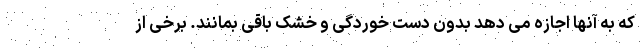
که به آنها اجازه می دهد بدون دست خوردگی و خشک باقی بمانند. برخی از